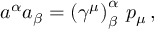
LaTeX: a ^ { \alpha } a _ { \beta } = \left( \gamma ^ { \mu } \right) _ { \beta } ^ { \alpha } \, p _ { \mu } \, ,